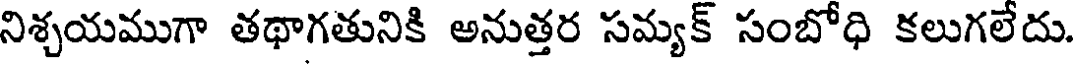
నిశ్చయముగా తథాగతునికి అనుత్తర సమ్యక్ సంబోధి కలుగలేదు.